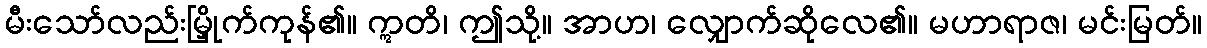
မီးသော်လည်းမြှိုက်ကုန်၏။ ဣတိ၊ ဤသို့။ အာဟ၊ လျှောက်ဆိုလေ၏။ မဟာရာဇ၊ မင်းမြတ်။